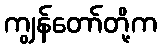
ကျွန်တော်တို့က